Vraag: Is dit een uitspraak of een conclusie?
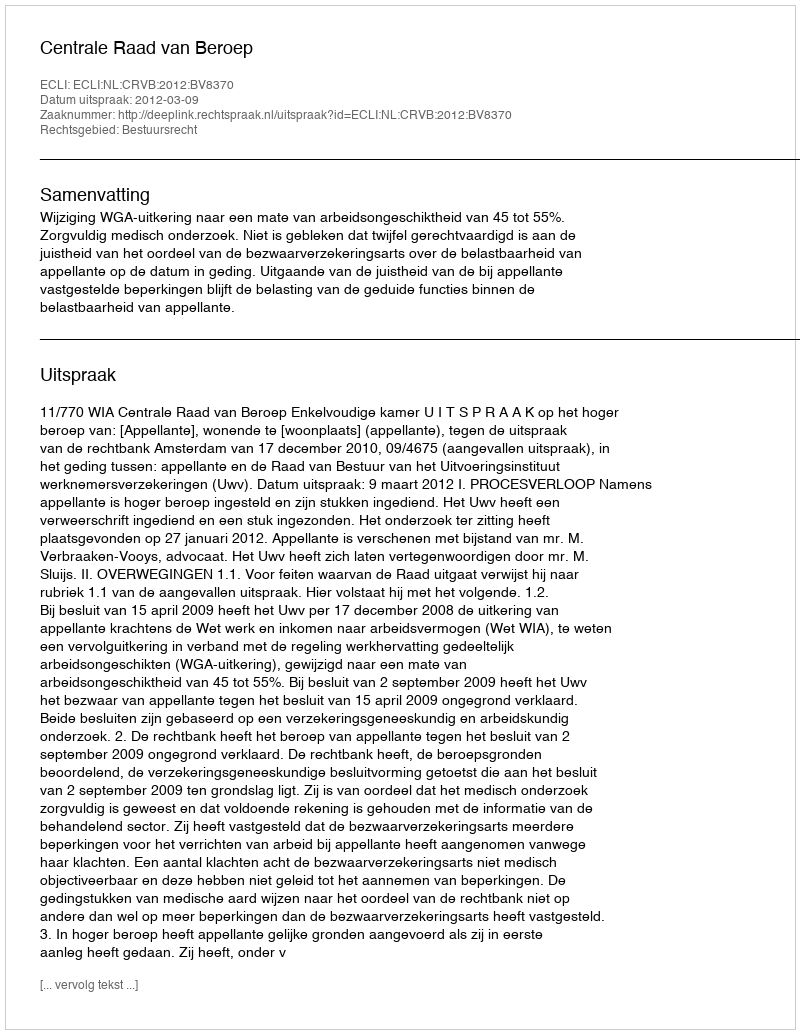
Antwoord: Uitspraak